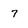
Character: 7